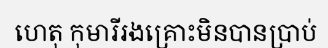
ហេតុ កុមារីរងគ្រោះមិនបានប្រាប់